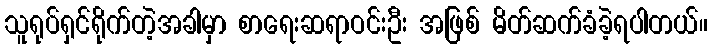
သူရုပ်ရှင်ရိုက်တဲ့အခါမှာ စာရေးဆရာဝင်းဦး အဖြစ် မိတ်ဆက်ခံခဲ့ရပါတယ်။